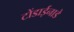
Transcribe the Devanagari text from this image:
टोंडाईनाडे